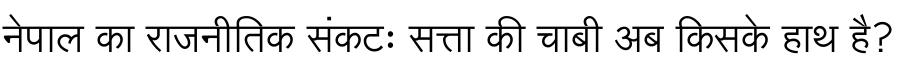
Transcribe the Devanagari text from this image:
नेपाल का राजनीतिक संकटः सत्ता की चाबी अब किसके हाथ है?